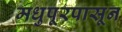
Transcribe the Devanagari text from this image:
मधुपूरपासून